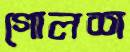
গোলশ